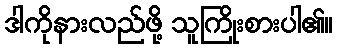
ဒါကိုနားလည်ဖို့ သူကြိုးစားပါ၏။